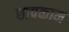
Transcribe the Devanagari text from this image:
छापकाम